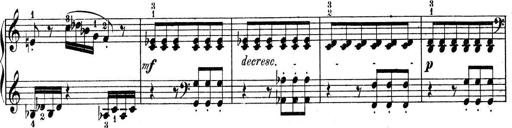
Title: 9 Sonatinen
Composer: Alexander Winterberger